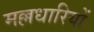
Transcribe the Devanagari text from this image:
मल्लधारियों